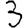
Digit: 3